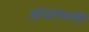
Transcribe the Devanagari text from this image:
आंध्रलक्ष्मी